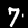
Digit: 7